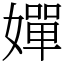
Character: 嬋